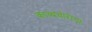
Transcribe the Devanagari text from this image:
काव्यचोरीचा